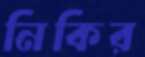
নিকির